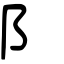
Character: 阝